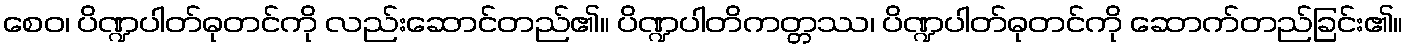
စေဝ၊ ပိဏ္ဍပါတ်ဓုတင်ကို လည်းဆောင်တည်၏။ ပိဏ္ဍပါတိကတ္တဿ၊ ပိဏ္ဍပါတ်ဓုတင်ကို ဆောက်တည်ခြင်း၏။